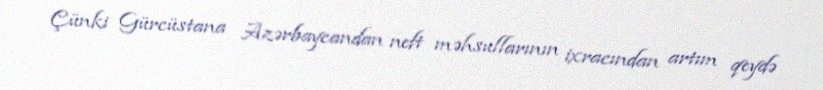
Çünki Gürcüstana Azərbaycandan neft məhsullarının ixracından artım qeydə